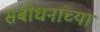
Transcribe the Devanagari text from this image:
संबोधनांच्या